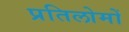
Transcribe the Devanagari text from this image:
प्रतिलोमों